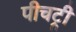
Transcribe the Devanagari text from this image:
पीचट्री